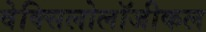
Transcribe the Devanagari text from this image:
वेक्सिलोलॉजीकल